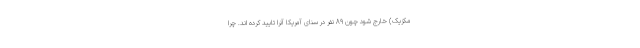
مکزیک) خارج شود چون 89 نفر در سنای آمریکا آنرا تایید کرده اند. چرا